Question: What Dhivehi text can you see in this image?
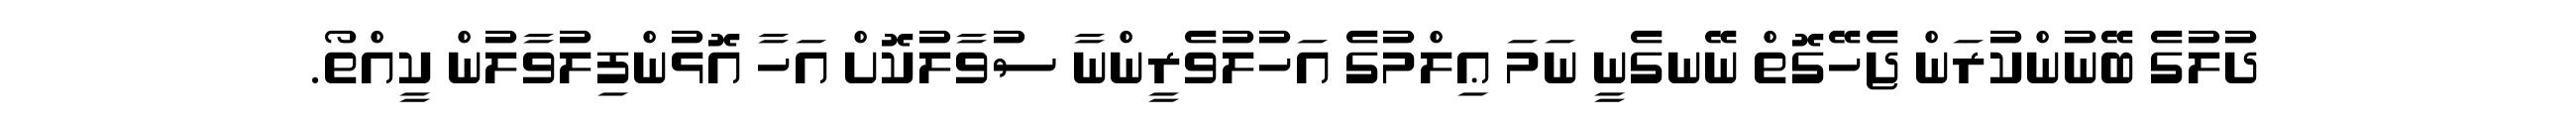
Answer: ދުލުގެ ބޭނުންކުރަން ޖެހޭގޮތް ނޭނގެނީ ނަމަ ޢިލްމުގެ އަހުލުވެރީންނާ ސުވާލުކޮށް އަހާ އޮޅުންފިލުވާލުން ކީއްތޯ.